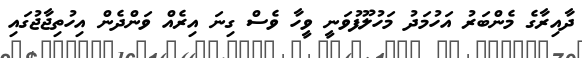
ދާއިރާގެ މެންބަރު އަހުމަދު މަހުލޫފުވަނީ ވީހާ ވެސް ގިނަ އިރެއް ވަންދެން އިހުތިޖާޖުގައި